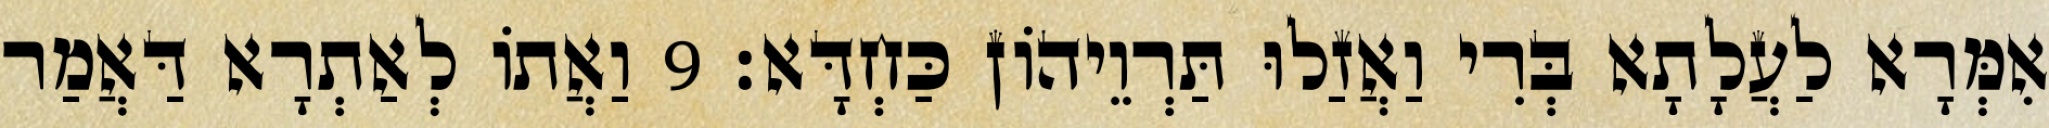
אִמְּרָא לַעֲלָתָא בְּרִי וַאֲזַלוּ תַּרְוֵיהוֹן כַּחְדָּא׃ 9 וַאֲתוֹ לְאַתְרָא דַּאֲמַר